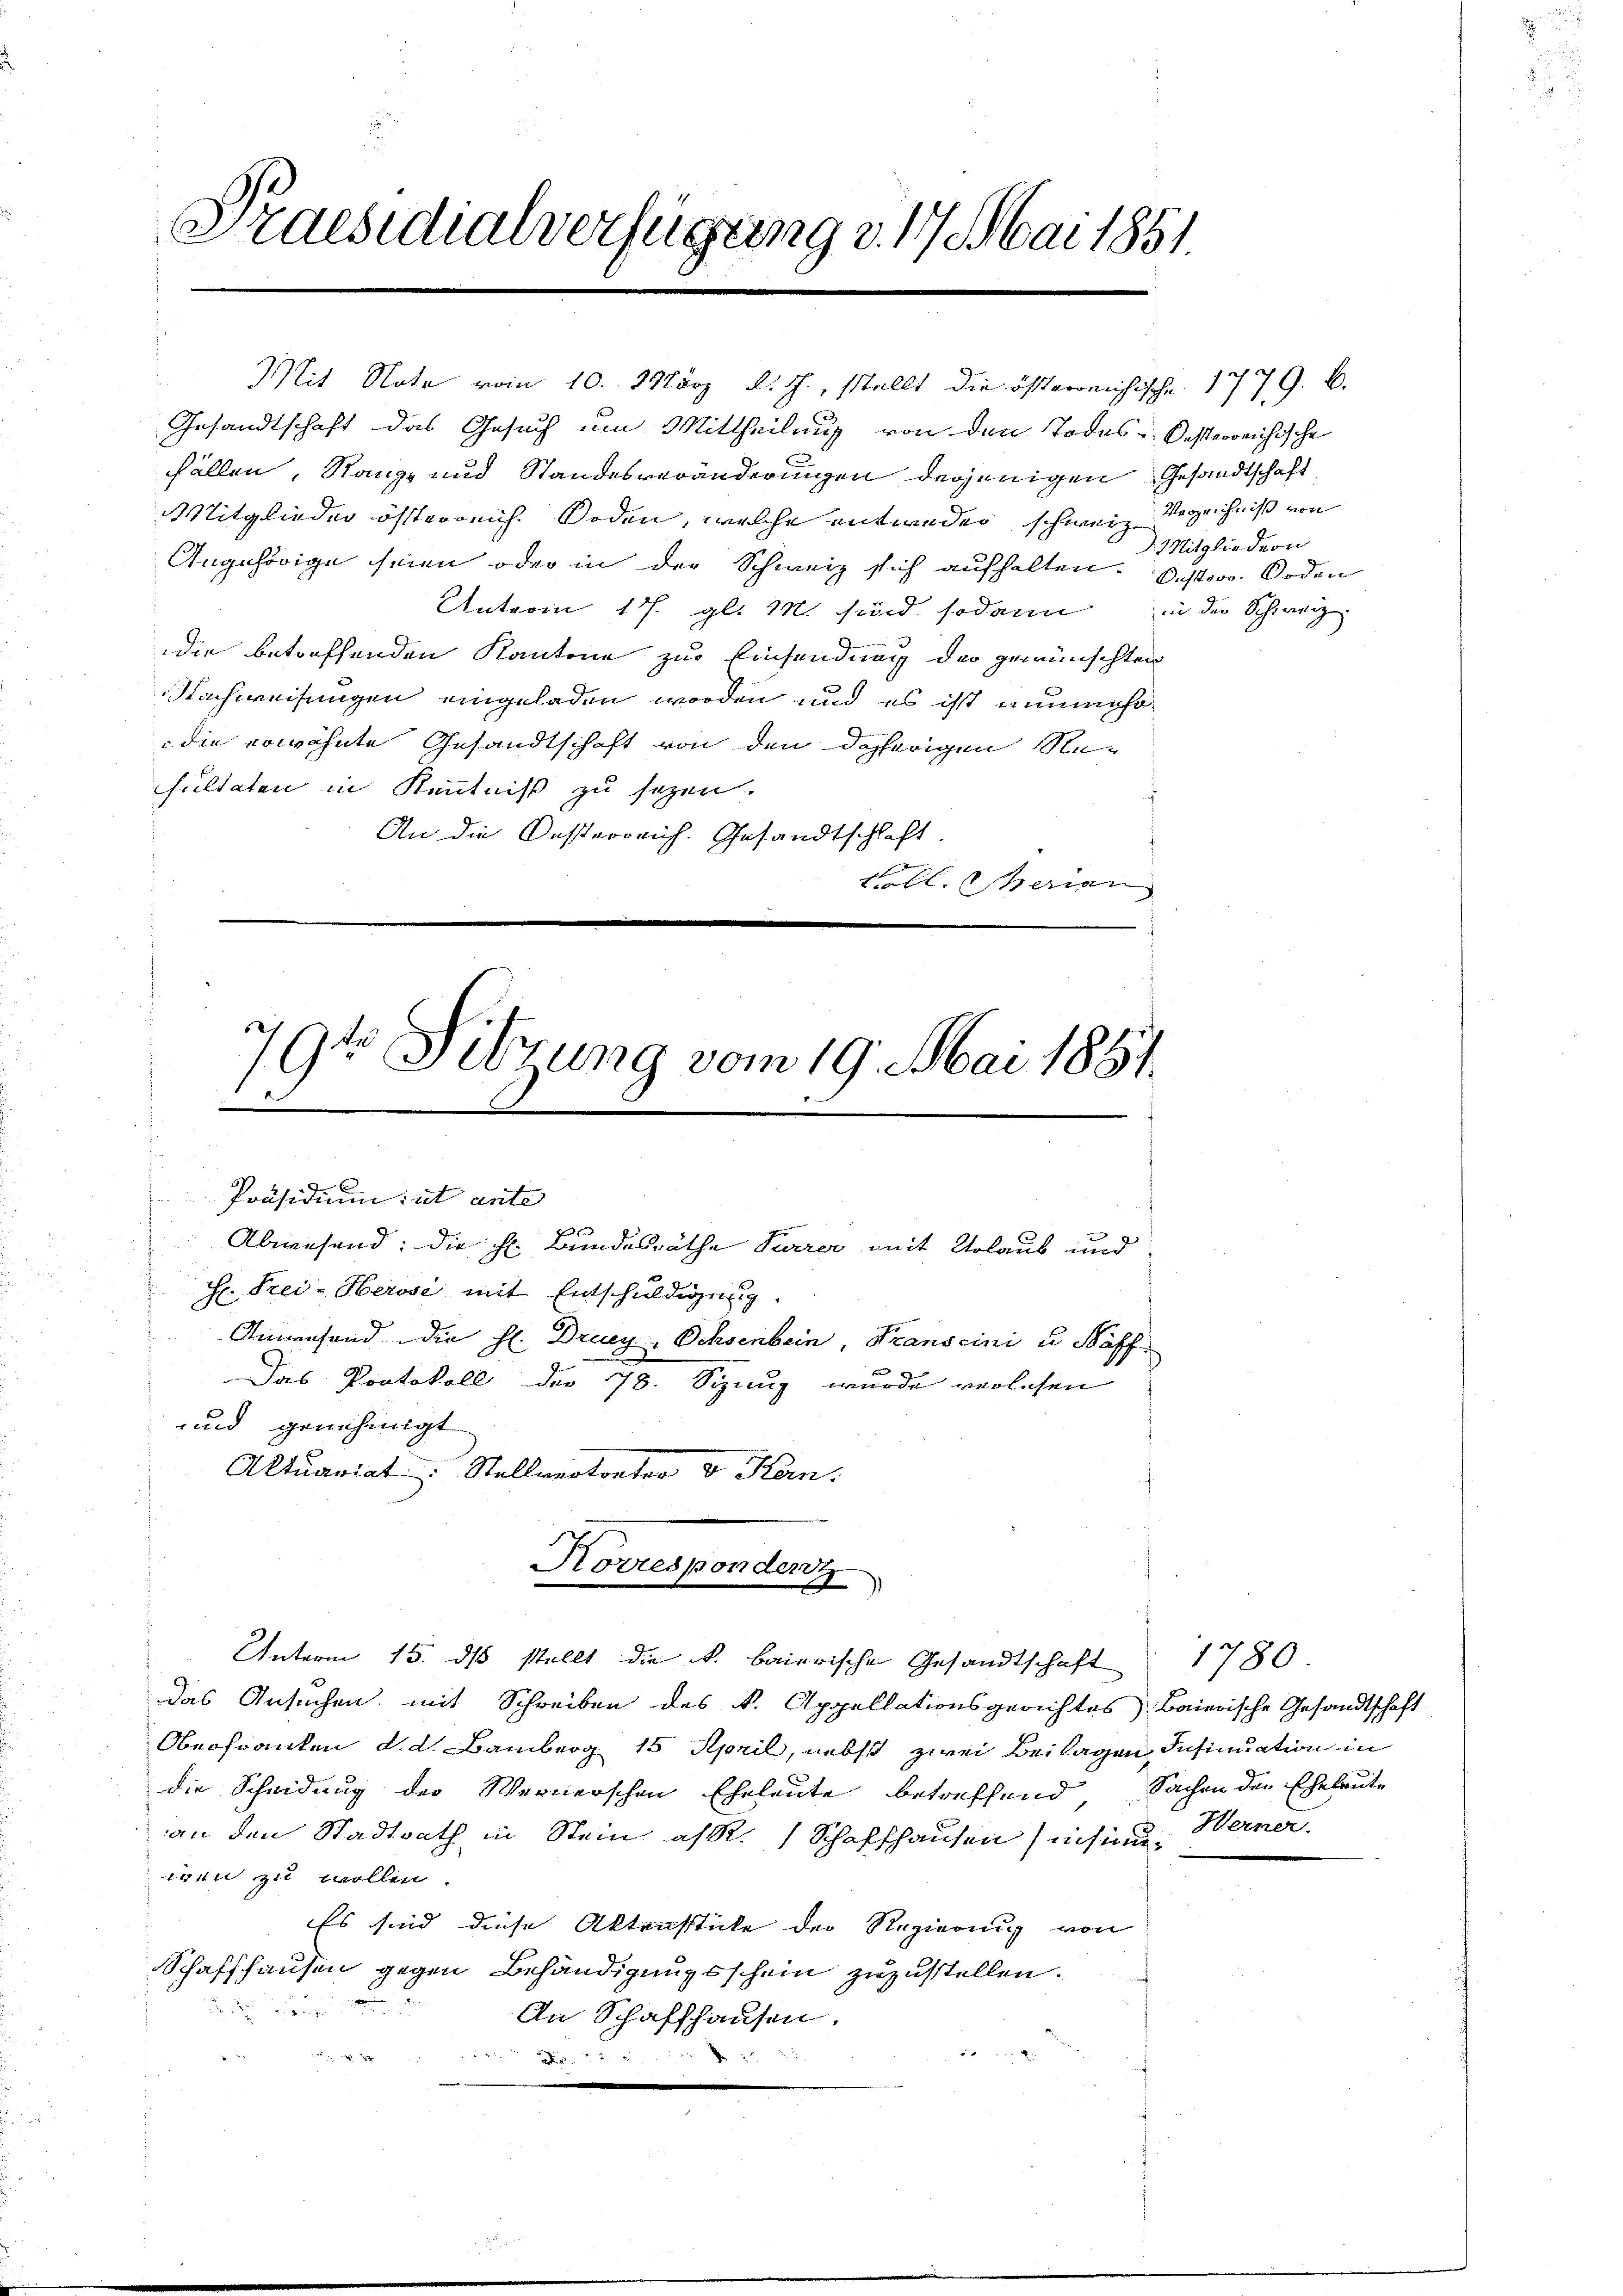
Praesidialverfügung d. 17 Mai 1851.

Gesandtschaft das Gesuch um Mittheilung von den Todes-Oesterreichische
fällen, Kanze und Standesveränderungen derjenigen Gesandtschaft
Mitglieder österreich. Soden, welche entweder schweiz Verzeichniß von
Angehörige seien oder in der Schweiz sich aufhalten. Bester Boden
Unterm 17. gl. M. sind sodann in der Schweiz
die betreffenden Kantone zur Einsendung der gewünschten
Nachweisungen eingeladen worden und es ist nunmehodie erwähnte Gesandtschaft von den daherigen Ne-
sultaten in Kenntniß zu sezen.
An die Oesterreich. Gesandtschlaft
toll Serien

794 Sitzung vom 19. Mai 1887.
9.
Präsidium ut ante

Aktuariat: Stellvertorter & Kan

Abwesend: die h. Bundesräthe Perrer mit Urlaub und
H. Frei-Herose mit Entschuldigung.
Anwesend die H. Druey Ochsenbein, Transcini u Kaff
Das Protokoll der 78. Sinug wurde verlesen
und genehmigt

Korrespondenz
Unterm 15. ds stellt die k. baierische Gesandtschaft 1780

Mit Note vom 10. März d. J., stellt die österreichische 1779. B.

das Ansuchen, mit Schreiben des k. Appellationsgerichtes Baierische Gesandtschaft
Oberfranken d. d. Bamberg 15 April, nebst zwei Beilagen Insinuation in
die Scheidung der Wernerschen Eheleute betreffend Sachen den Eheleute
an den Stadtrath in Stein alt. Schaffhausen (insinn. Werner,
igen zu wollen.
Es sind diese Aktensstücke der Regierung von
Schaffhausen gegen Behändigungsschein zuzustellen.

An Schaffhausen.
2
 xx

Mitgliedern